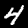
Label: 4